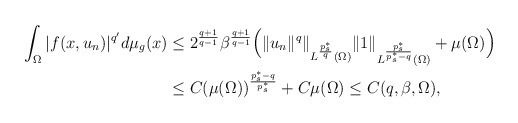
\begin{align*} \begin{aligned}\int_ \Omega |f(x,u_{n})|^{q'}d\mu _g(x)&\leq 2^{\frac{q+1}{q-1}}\beta^{\frac{q+1}{q-1}} \Big(\|u_{n}\|^{q}\|_{L^{\frac{p_s^*}{q}}(\Omega)}\|1\|_{L^{\frac{p_s^*}{p_s^*-q}}(\Omega)} +\mu(\Omega)\Big) \\&\leq C(\mu(\Omega))^{\frac{p_s^*-q}{p_s^*}}+C\mu(\Omega)\leq C(q, \beta,\Omega),\end{aligned}\end{align*}